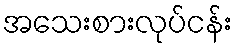
အသေးစားလုပ်ငန်း